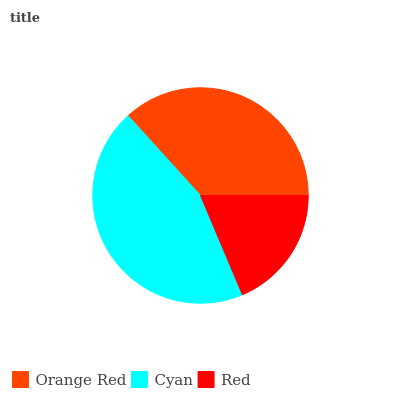
| Orange Red | Cyan | Red |
 | --- | --- | --- |
 | 36.8% | 44.6% | 18.6% |